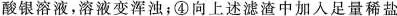
酸银溶液，溶液变浑浊；④向上述滤渣中加入足量稀盐